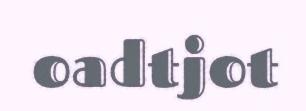
oadtjot